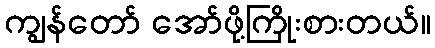
ကျွန်တော် အော်ဖို့ကြိုးစားတယ်။